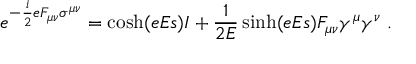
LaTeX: e ^ { - \frac { i } 2 e F _ { \mu \nu } \sigma ^ { \mu \nu } } = \cosh ( e E s ) I + { \frac { 1 } { 2 E } } \sinh ( e E s ) F _ { \mu \nu } \gamma ^ { \mu } \gamma ^ { \nu } \; .